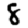
Digit: 8